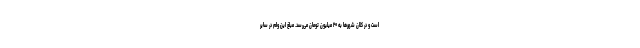
است و در کلان شهرها به ۲۰ میلیون تومان می‌رسد. مبلغ این وام در سایر